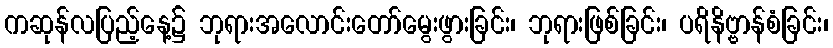
ကဆုန်လပြည့်နေ့၌ ဘုရားအလောင်းတော်မွေးဖွားခြင်း၊ ဘုရားဖြစ်ခြင်း၊ ပရိနိဗ္ဗာန်စံခြင်း၊